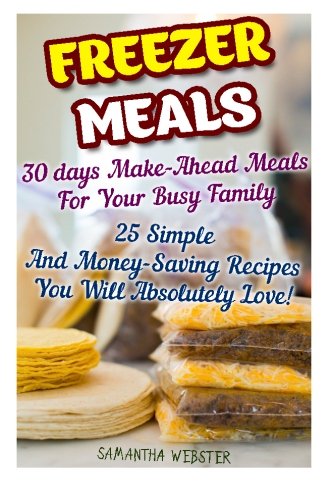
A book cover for Freezer Meals: 30 days Make-Ahead Meals For Your Busy Family. 25 Simple And Money-Saving Recipes You Will Absolutely Love!: (Freezer Recipes, 365 Days ... for two, dump dinners cookbook) (Volume 1); Samantha Webster; Cookbooks, Food & Wine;